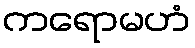
ကရောမဟံ